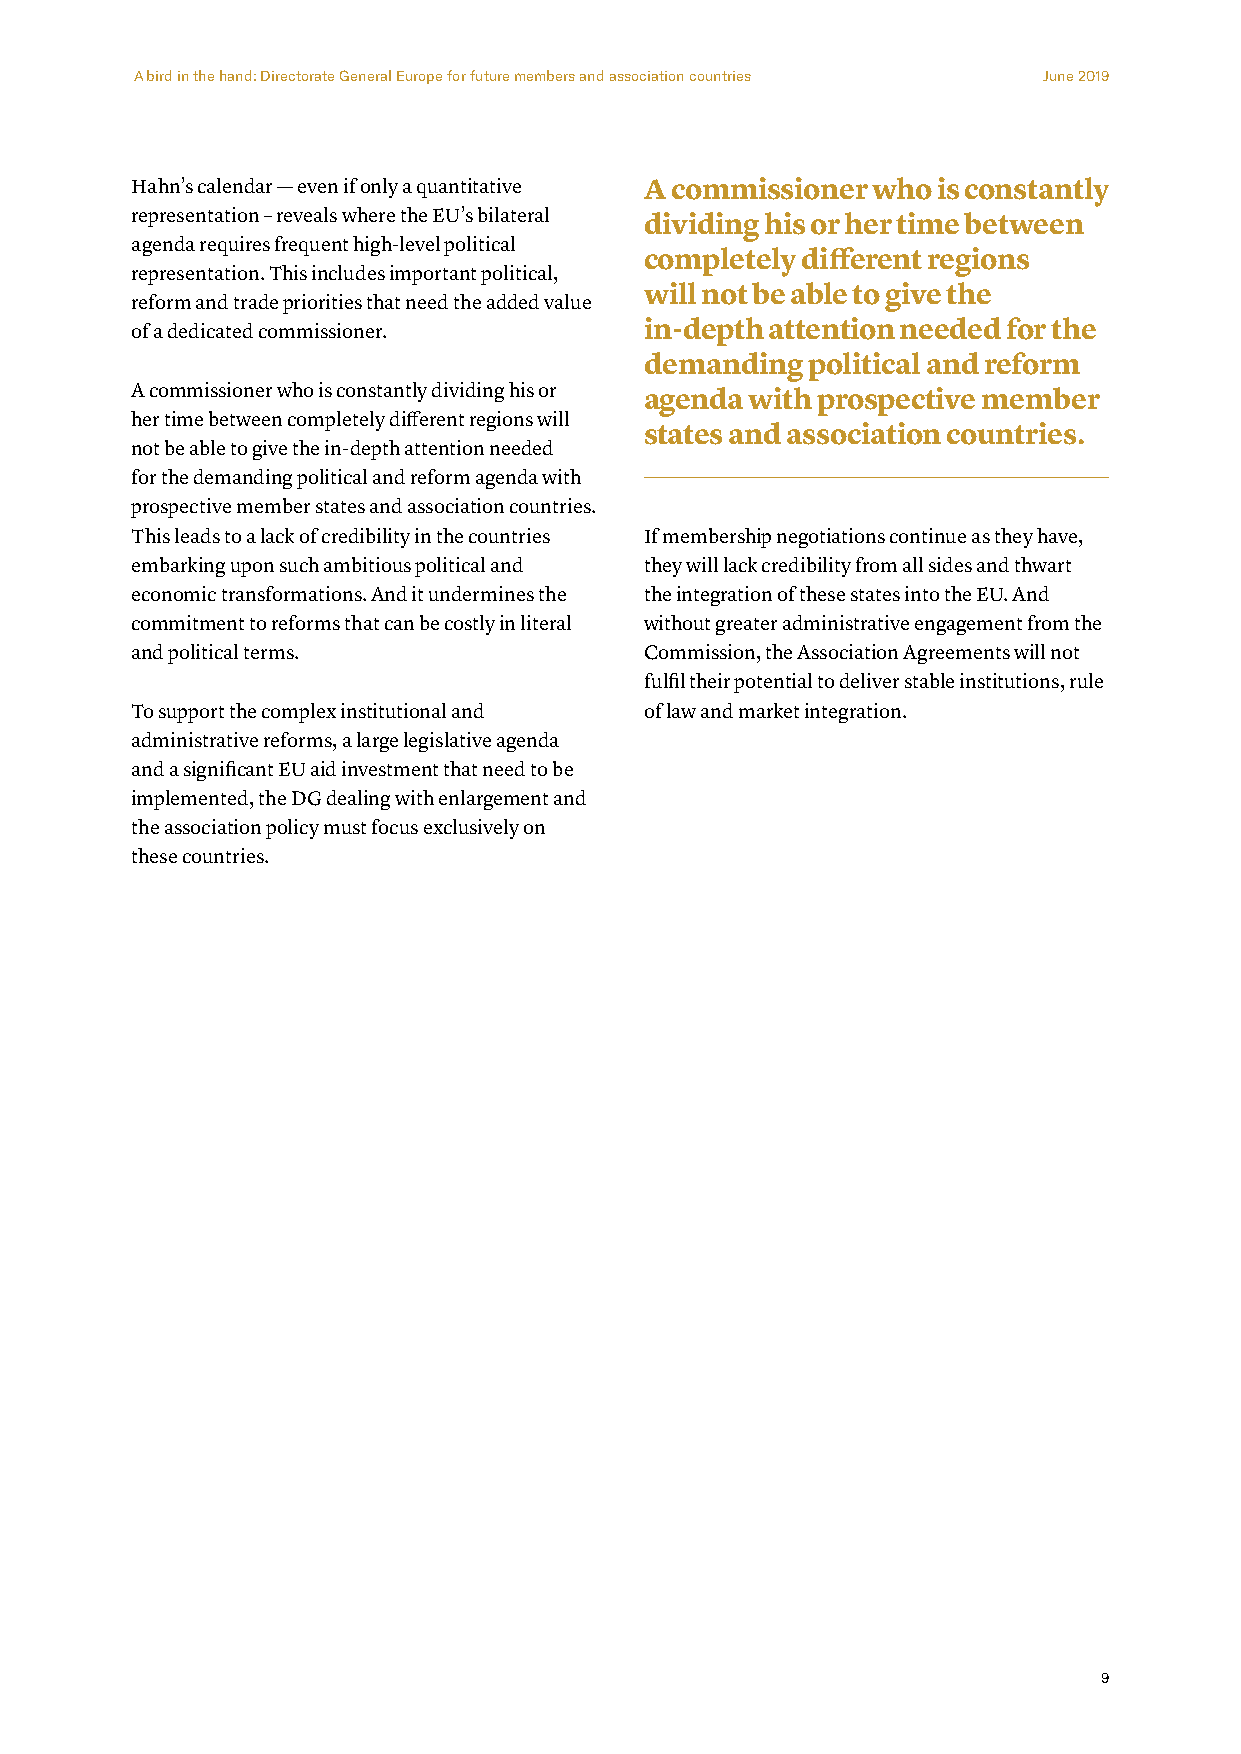
A bird in the hand: Directorate General Europe for future members and association countries June 2019
 Hahn’s calendar — even if only a quantitative A commissioner who is constantly
 representation – reveals where the EU’s bilateral
 dividing his or her time between
 agenda requires frequent high-level political
 completely different regions
 representation. This includes important political,
 will not be able to give the
 reform and trade priorities that need the added value
 of a dedicated commissioner.      in-depth attention needed for the
 demanding political and reform
 A commissioner who is constantly dividing his or
 agenda with prospective member
 her time between completely different regions will
 states and association countries.
 not be able to give the in-depth attention needed
 for the demanding political and reform agenda with
 prospective member states and association countries.
 This leads to a lack of credibility in the countries If membership negotiations continue as they have,
 embarking upon such ambitious political and they will lack credibility from all sides and thwart
 economic transformations. And it undermines the the integration of these states into the EU. And
 commitment to reforms that can be costly in literal without greater administrative engagement from the
 and political terms.              Commission, the Association Agreements will not
 fulfil their potential to deliver stable institutions, rule
 To support the complex institutional and of law and market integration.
 administrative reforms, a large legislative agenda
 and a significant EU aid investment that need to be
 implemented, the DG dealing with enlargement and
 the association policy must focus exclusively on
 these countries.
 9